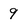
Character: 9